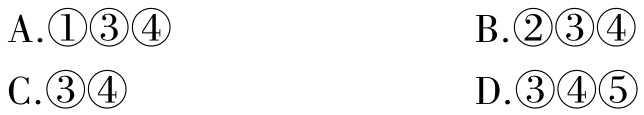
A.\textcircled{1}\textcircled{3}\textcircled{4}

B.\textcircled{2}\textcircled{3}\textcircled{4}

C.\textcircled{3}\textcircled{4}

D.\textcircled{3}\textcircled{4}\textcircled{5}